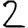
Digit: 2